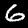
Label: 6